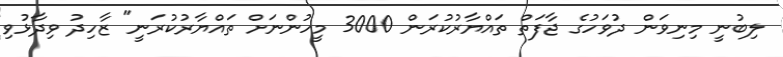
ލިބުނީ މިނިވަން ދުވަހުގެ ޖާފަތް ތައްޔާރުކުރަން 3000 މީހުންނަށް ތައްޔާރުކުރަނީ" ޒާހިދު ވިދާޅުވި